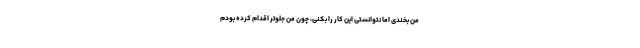
من بخندی اما نتوانستی این کار را بکنی، چون من جلوتر اقدام کرده بودم